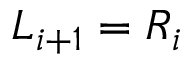
L _ { i + 1 } = R _ { i }